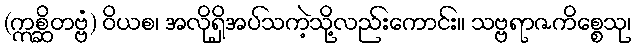
(ဣစ္ဆိတဗ္ဗံ) ဝိယစ၊ အလိုရှိအပ်သကဲ့သို့လည်းကောင်း။ သဗ္ဗရာဇကိစ္စေသု၊